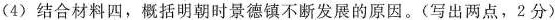
（4）结合材料四，概括明朝时景德镇不断发展的原因。（写出两点，2分）